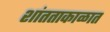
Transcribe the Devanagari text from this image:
शांतताकाळात